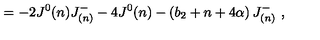
= - 2 J ^ { 0 } ( n ) J _ { ( n ) } ^ { - } - 4 J ^ { 0 } ( n ) - \left( b _ { 2 } + n + 4 \alpha \right) J _ { ( n ) } ^ { - } \ ,